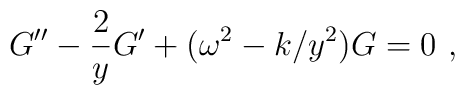
G'' - {2\over y } G'  +(\omega^2 -k/y^2) G=0\ ,